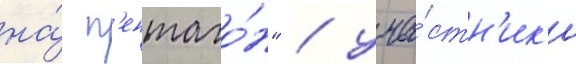
на́ п'ентаго́н" / уча́стн'ик'и